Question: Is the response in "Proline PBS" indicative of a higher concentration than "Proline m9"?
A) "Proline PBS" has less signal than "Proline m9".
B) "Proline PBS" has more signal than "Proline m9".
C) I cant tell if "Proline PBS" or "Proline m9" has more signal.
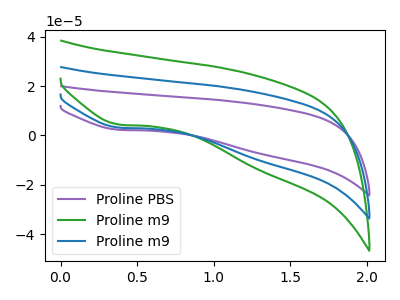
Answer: <think>The purple curve "Proline PBS" has a cathodic peak at: (0.40V, 2.30uA). The green curve "Proline m9" has a cathodic peak at: (0.40V, 6.35uA). The blue curve "Proline m9" has a cathodic peak at: (0.40V, 3.20uA).
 All the peaks in "Proline PBS" have a peak in "Proline m9" at the same potential. Every peak in "Proline PBS" is higher than every peak in "Proline m9".</think>
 <answer>B) "Proline PBS" has more signal than "Proline m9".</answer>
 <eval>B</eval>